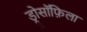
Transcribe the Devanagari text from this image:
ड्रोसॉफ़िला